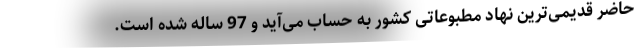
حاضر قدیمی‌ترین نهاد مطبوعاتی کشور به حساب می‌آید و 97 ساله شده است.